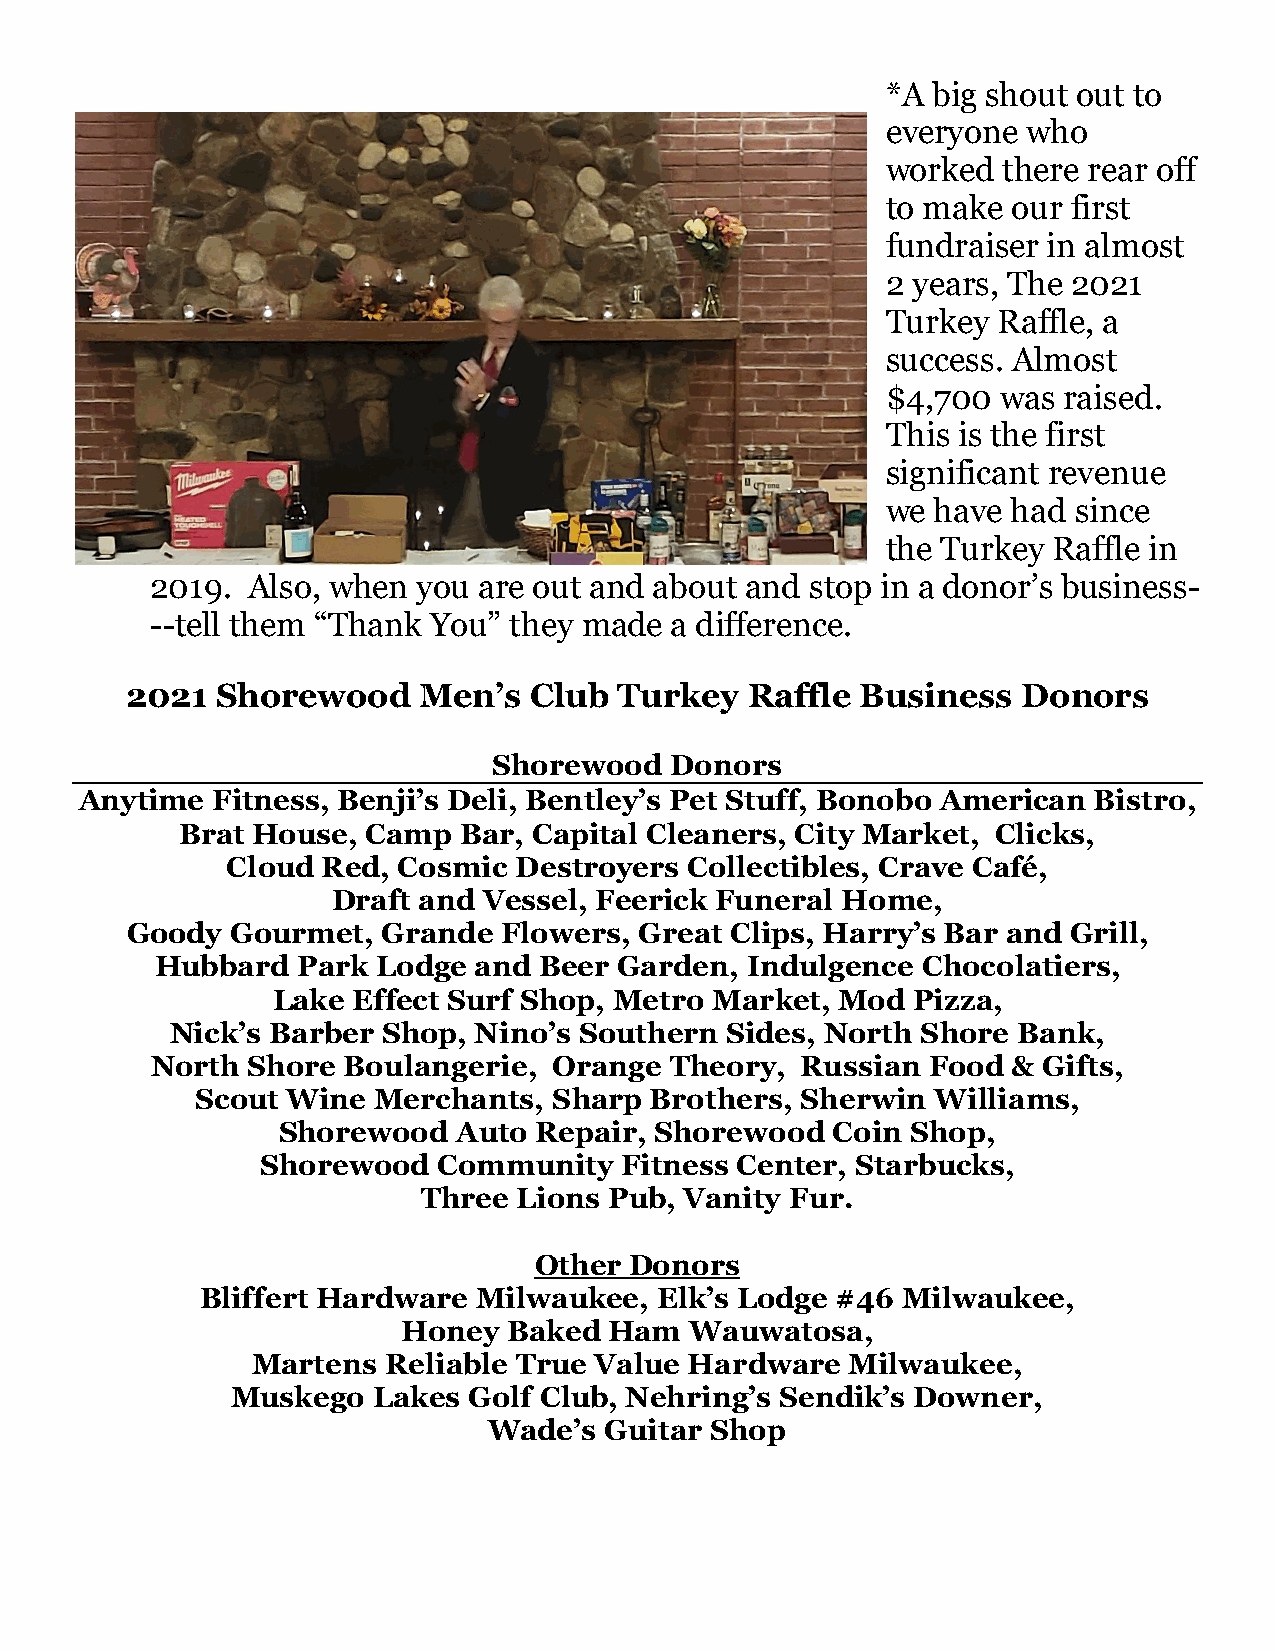
*A big shout out to
 everyone who
 worked there rear off
 to make our first
 fundraiser in almost
 2 years, The 2021
 Turkey Raffle, a
 success. Almost
 $4,700 was raised.
 This is the first
 significant revenue
 we have had since
 the Turkey Raffle in
 2019. Also, when  you are out and about and stop in a donor’s business-
 --tell them “Thank You” they made a difference.
 2021  Shorewood     Men’s  Club  Turkey   Raffle Business   Donors
 Shorewood  Donors
 Anytime  Fitness, Benji’s Deli, Bentley’s Pet Stuff, Bonobo American Bistro,
 Brat House, Camp  Bar, Capital Cleaners, City Market, Clicks,
 Cloud Red, Cosmic  Destroyers  Collectibles, Crave Café,
 Draft and Vessel, Feerick Funeral Home,
 Goody  Gourmet,  Grande  Flowers, Great Clips, Harry’s Bar and Grill,
 Hubbard   Park Lodge and  Beer Garden, Indulgence  Chocolatiers,
 Lake Effect Surf Shop, Metro Market,  Mod Pizza,
 Nick’s Barber Shop, Nino’s Southern  Sides, North Shore Bank,
 North Shore  Boulangerie,  Orange Theory,  Russian  Food & Gifts,
 Scout Wine  Merchants,  Sharp Brothers, Sherwin  Williams,
 Shorewood   Auto Repair, Shorewood   Coin Shop,
 Shorewood   Community   Fitness Center, Starbucks,
 Three Lions Pub, Vanity Fur.
 Other  Donors
 Bliffert Hardware  Milwaukee,  Elk’s Lodge #46 Milwaukee,
 Honey  Baked Ham   Wauwatosa,
 Martens  Reliable True Value Hardware  Milwaukee,
 Muskego   Lakes Golf Club, Nehring’s Sendik’s Downer,
 Wade’s  Guitar Shop